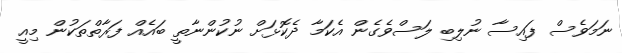
ނަމަވެސް ފައިސާ ނުލިބި ލަސްވެގެން އެކަމާ ދެކޮޅަށް ނުކުންނާތީ ބައެއް ފަރާތްތަކުން މިއީ